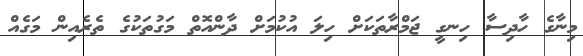
މިނާގެ ހާދިސާ ހިނގީ ޖަމްރާތަކަށް ހިލަ އުކުމަށް ދާންއޮތް މަގުތަކުގެ ތެރެއިން މަގެއް